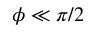
\phi \ll \pi / 2